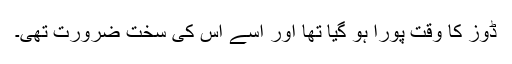
ڈوز کا وقت پورا ہو گیا تھا اور اُسے اس کی سخت ضرورت تھی۔